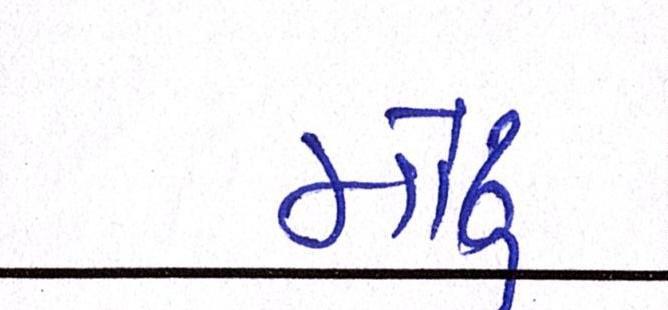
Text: મોઢુ